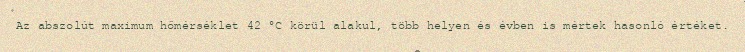
Az abszolút maximum hőmérséklet 42 °C körül alakul, több helyen és évben is mértek hasonló értéket.